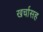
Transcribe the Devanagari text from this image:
खर्चासह